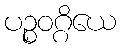
ပဉ္စဝဂ္ဂိယေ